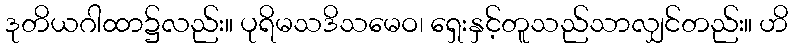
ဒုတိယဂါထာ၌လည်း။ ပုရိမသဒိသမေဝ၊ ရှေးနှင့်တူသည်သာလျှင်တည်း။ ဟိ